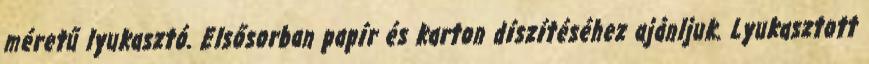
méretű lyukasztó. Elsősorban papír és karton díszítéséhez ajánljuk. Lyukasztott